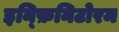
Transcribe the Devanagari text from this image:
इन्फ़िनिटोरम